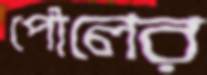
পৌলের